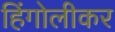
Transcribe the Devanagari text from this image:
हिंगोलीकर